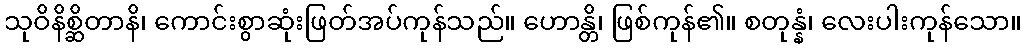
သုဝိနိစ္ဆိတာနိ၊ ကောင်းစွာဆုံးဖြတ်အပ်ကုန်သည်။ ဟောန္တိ၊ ဖြစ်ကုန်၏။ စတုန္နံ၊ လေးပါးကုန်သော။